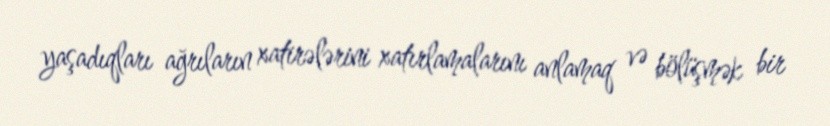
yaşadıqları ağrıların xatirələrini xatırlamalarını anlamaq və bölüşmək bir